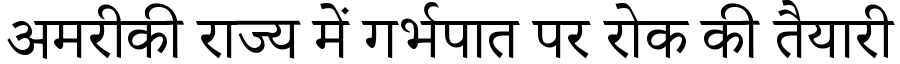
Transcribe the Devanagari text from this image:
अमरीकी राज्य में गर्भपात पर रोक की तैयारी